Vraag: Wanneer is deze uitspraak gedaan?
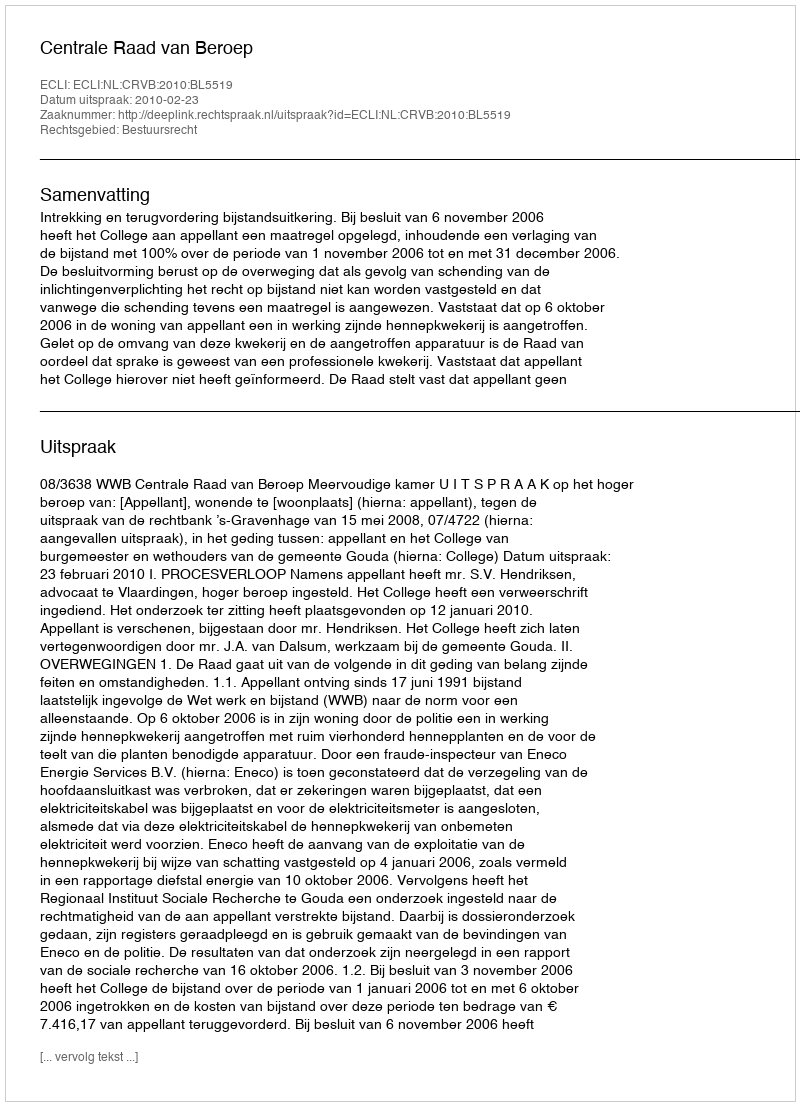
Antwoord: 2010-02-23